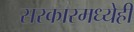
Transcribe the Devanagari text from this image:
सरकारमध्येही